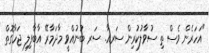
"އަހަރެން ވެސް ތި ސުވާލުކުރިން ސަރއާ. ސަރ ބުނުއްވީ މާދަމާރޭ އާބާފިލި ޖަހާގޮތް